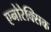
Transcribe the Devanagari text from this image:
एनोरेक्सिक